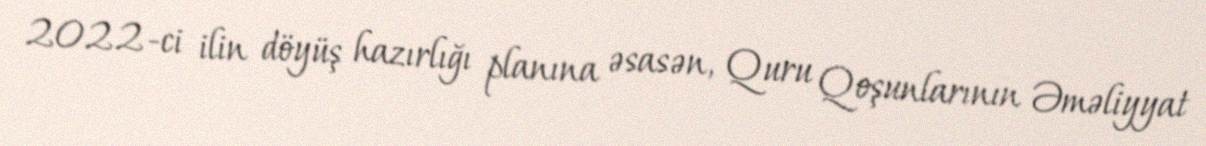
2022-ci ilin döyüş hazırlığı planına əsasən, Quru Qoşunlarının Əməliyyat